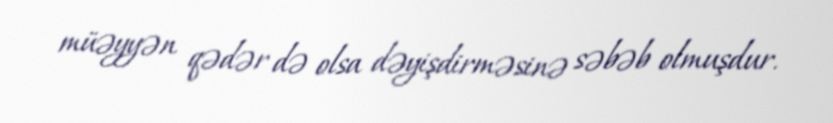
müəyyən qədər də olsa dəyişdirməsinə səbəb olmuşdur.